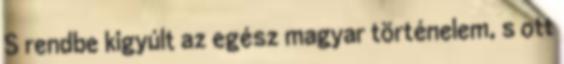
S rendbe kigyúlt az egész magyar történelem, s ott